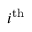
i ^ { \mathrm { t h } }